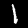
Digit: 1